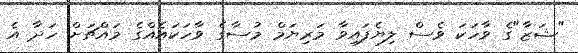
"ޝަޒާ"ގެ ވާހަކަ ވެސް ލިޔެފައިވާ މަރިޔަމް މުސާގެ ވާހަކައެއްގެ މައްޗަށް ހަދާ އެ